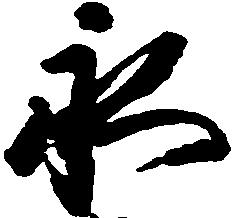
永